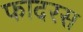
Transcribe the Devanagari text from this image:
फादरस